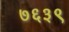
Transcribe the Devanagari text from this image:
७६३९